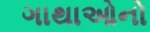
ગાથાઓનો